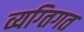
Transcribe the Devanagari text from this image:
व्यग्तिगत